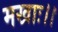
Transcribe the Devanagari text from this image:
मखाः।।